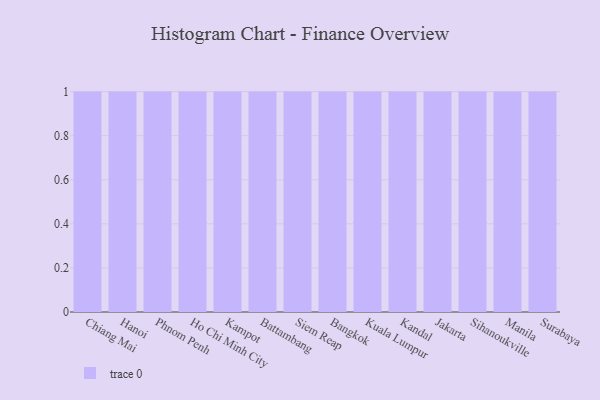
{"axis": {"x": "City", "y": "Conversion Rate (%)"}, "legend": [""], "data": [{"x": "Chiang Mai", "y": 26, "type": ""}, {"x": "Hanoi", "y": 94, "type": ""}, {"x": "Phnom Penh", "y": 98, "type": ""}, {"x": "Ho Chi Minh City", "y": 51, "type": ""}, {"x": "Kampot", "y": 31, "type": ""}, {"x": "Battambang", "y": 78, "type": ""}, {"x": "Siem Reap", "y": 4, "type": ""}, {"x": "Bangkok", "y": 69, "type": ""}, {"x": "Kuala Lumpur", "y": 70, "type": ""}, {"x": "Kandal", "y": 48, "type": ""}, {"x": "Jakarta", "y": 73, "type": ""}, {"x": "Sihanoukville", "y": 47, "type": ""}, {"x": "Manila", "y": 21, "type": ""}, {"x": "Surabaya", "y": 44, "type": ""}]}